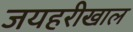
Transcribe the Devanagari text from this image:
जयहरीखाल